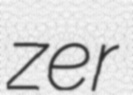
zer